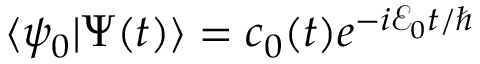
\langle \psi _ { 0 } | \Psi ( t ) \rangle = c _ { 0 } ( t ) e ^ { - i \mathcal { E } _ { 0 } t / \hbar }